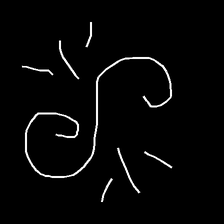
Glyph: wind-directs-air